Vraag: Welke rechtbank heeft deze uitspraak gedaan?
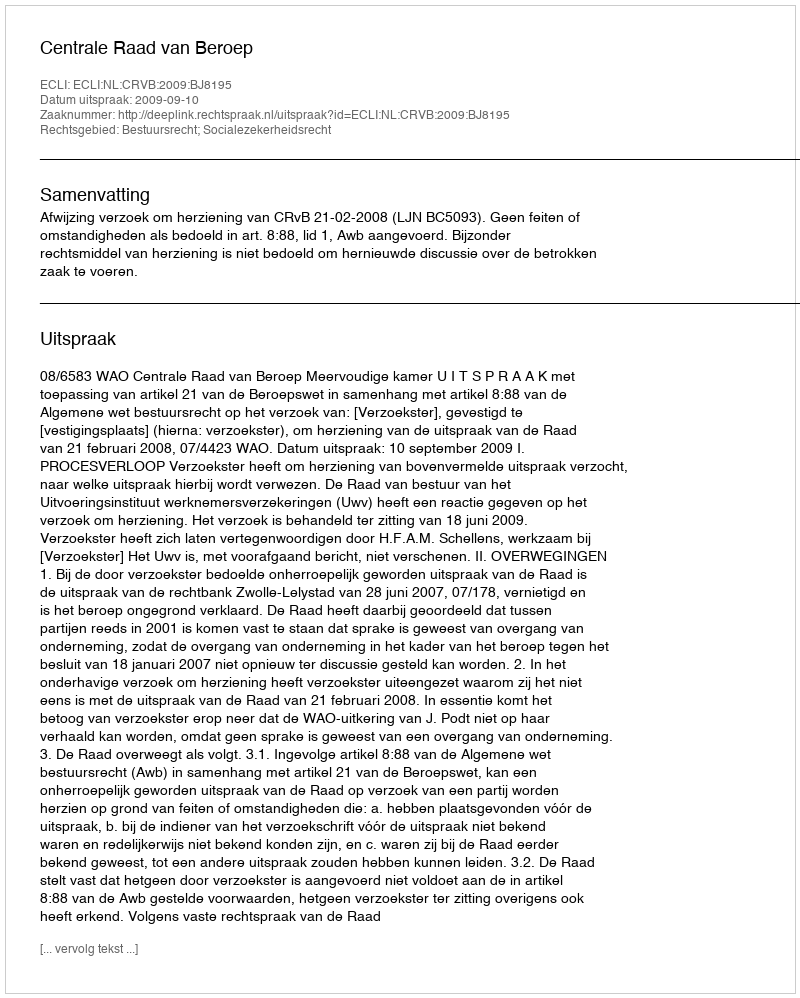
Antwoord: Centrale Raad van Beroep